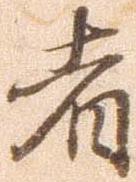
者